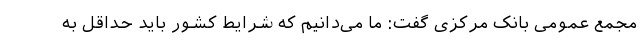
مجمع عمومی بانک مرکزی گفت: ما می‌دانیم که شرایط کشور باید حداقل به